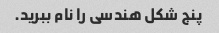
پنج شکل هندسی را نام ببرید.